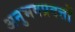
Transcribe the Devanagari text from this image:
अनुभवप्रदत्तों